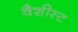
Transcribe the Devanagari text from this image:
वैशीस्ट